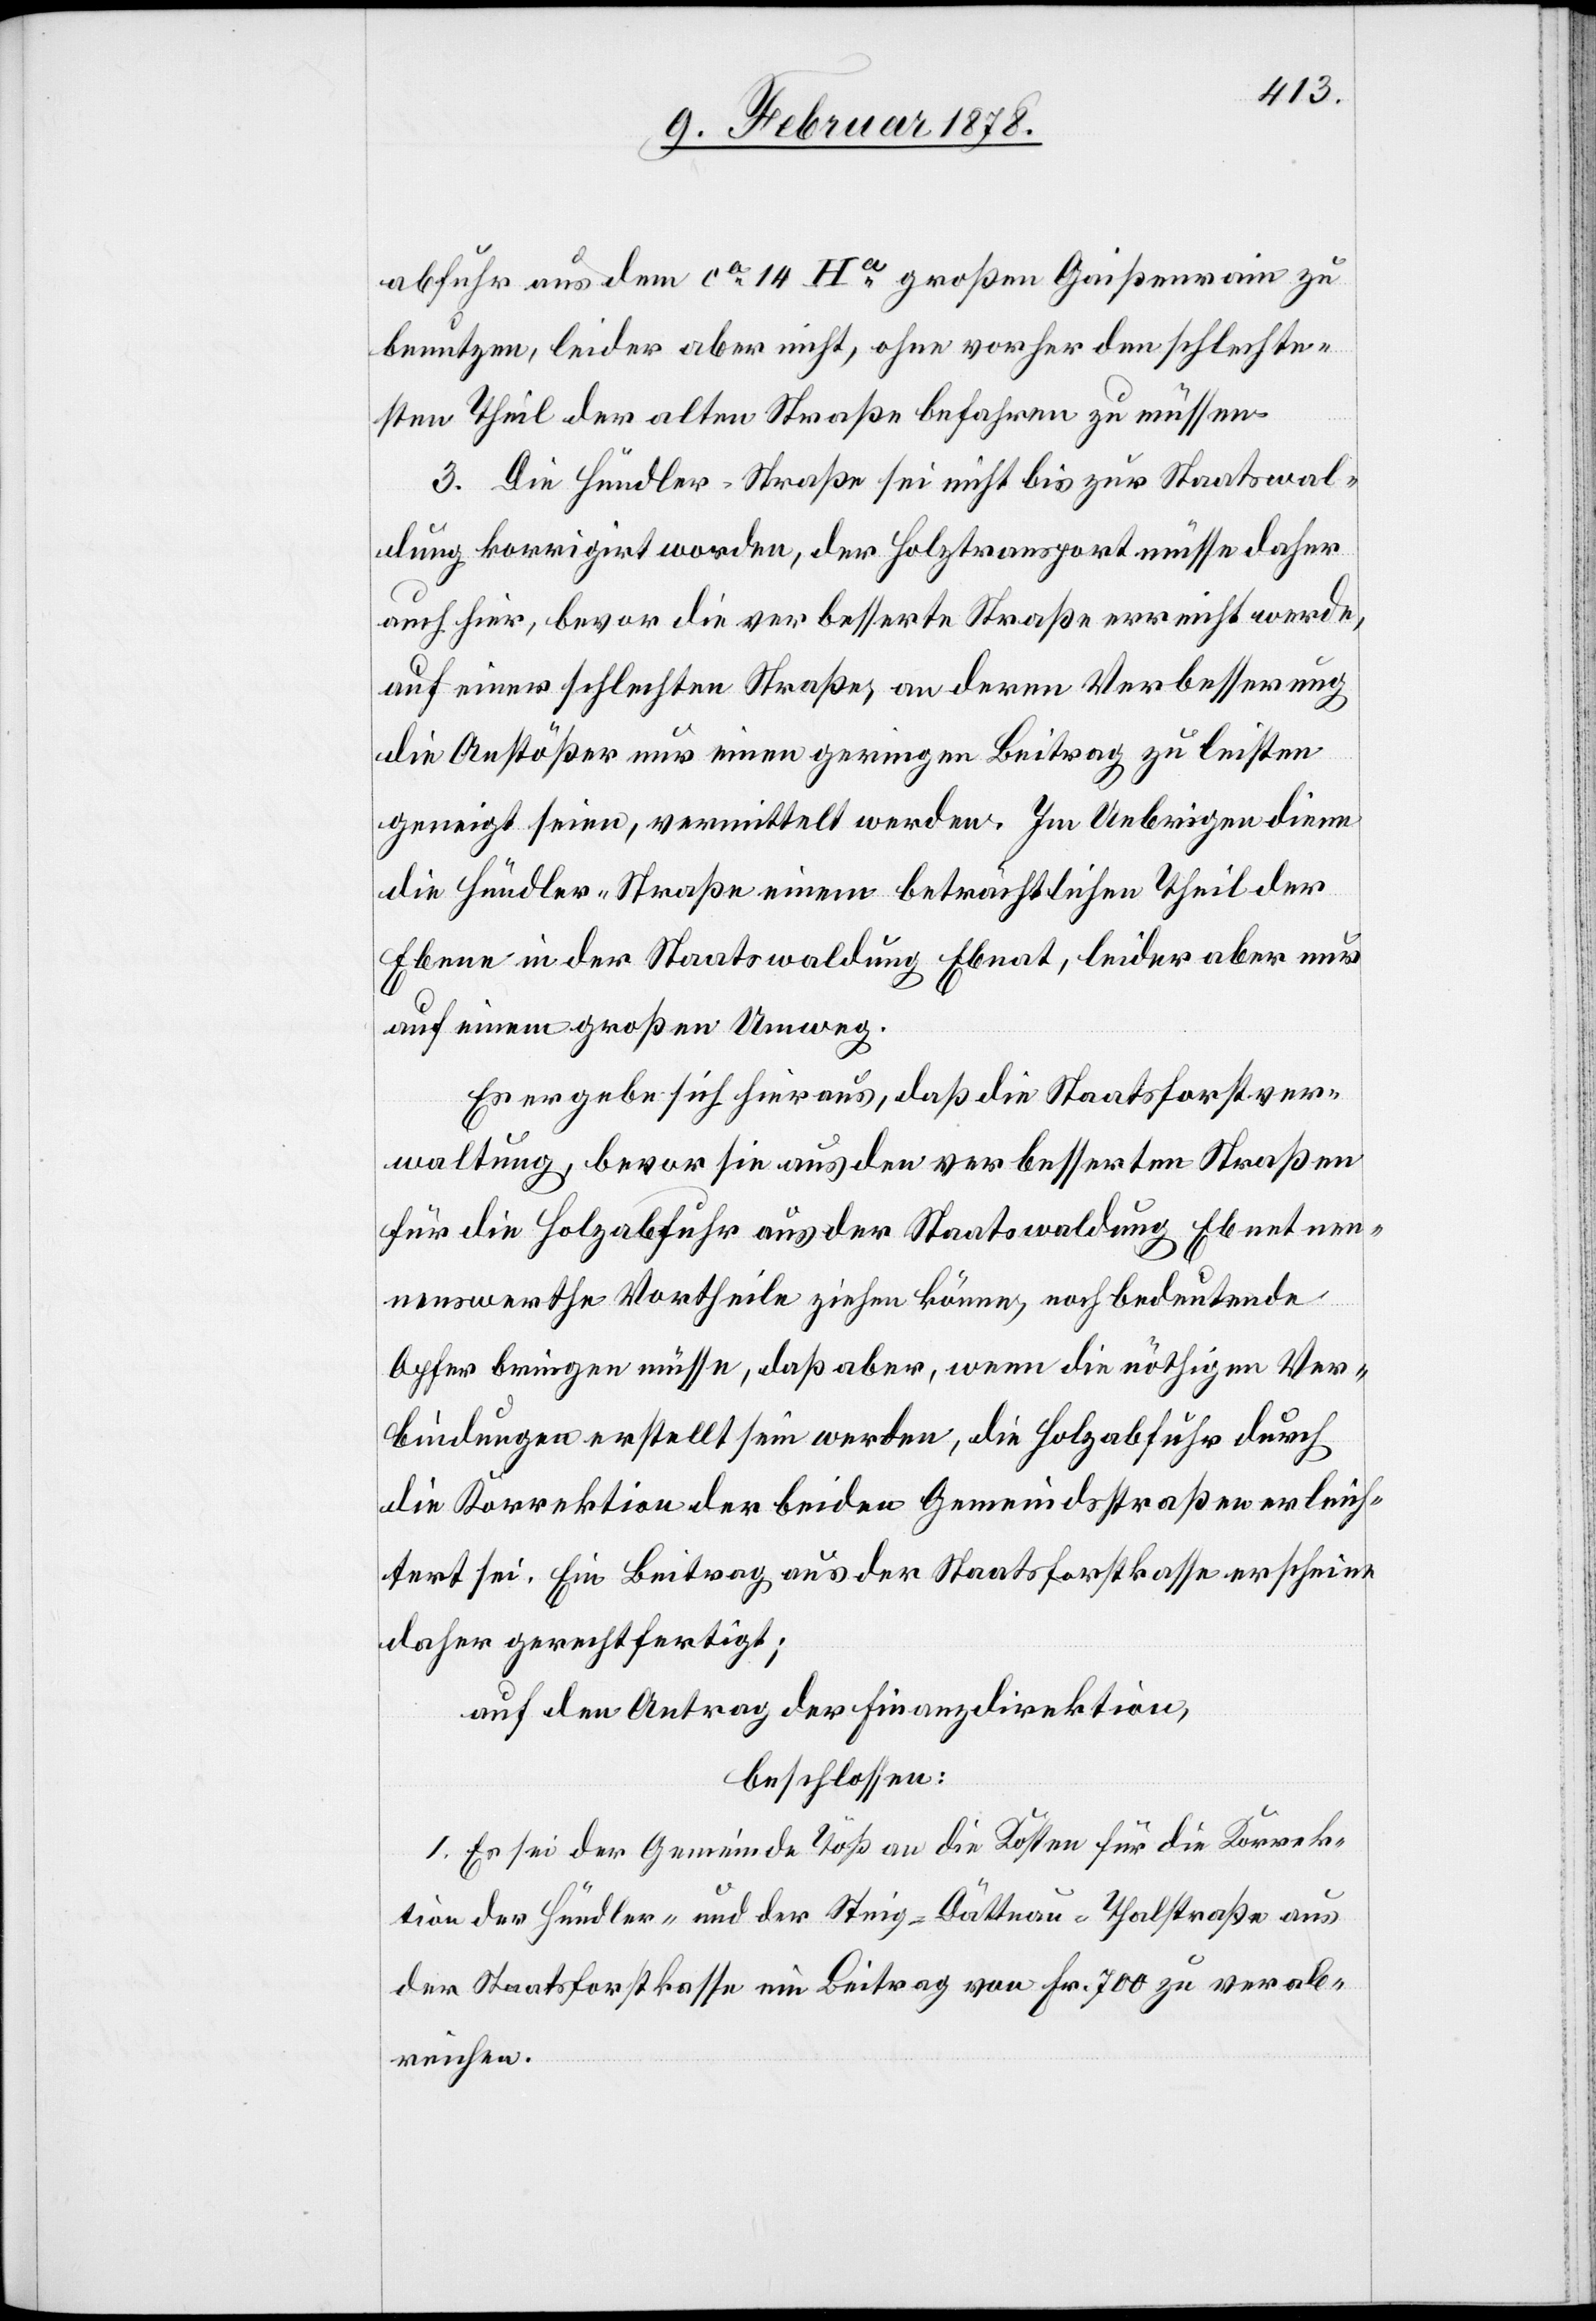
abfuhr aus dem ca 14 Ha großen Gaißenrain zu
benutzen, leider aber nicht, ohne vorher den schlechte¬
sten Theil der alten Straße befahren zu müssen.
3. Die Hündler-Straße sei nicht bis zur Staatswal¬
dung korrigirt worden, der Holztransport müsse daher
auch hier, bevor die verbesserte Straße erreicht werde,
auf einer schlechten Straße, an deren Verbesserung
die Anstößer nur einen geringen Beitrag zu leisten
geneigt seien, vermittelt werden. Im Uebrigen diene
die Hündler-Straße einem beträchtlichen Theil der
Ebene in der Staatswaldung Ebnat [sic!], leider aber nur
auf einem großen Umweg.
Es ergebe sich hieraus, daß die Staatsforstver¬
waltung, bevor sie aus den verbesserten Straßen
für die Holzabfuhr aus der Staatswaldung Ebnet nen¬
nenswerthe Vortheile ziehen könne, noch bedeutende
Opfer bringen müsse, daß aber, wenn die nöthigen Ver¬
bindungen erstellt sein werden, die Holzabfuhr durch
die Korrektion der beiden Gemeindsstraßen erleich¬
tert sei. Ein Beitrag aus der Staatsforstkasse erscheine
daher gerechtfertigt;
auf den Antrag der Finanzdirektion,
beschlossen:
1. Es sei der Gemeinde Töß an die Kosten für die Korrek¬
tion der Hündler- und der Steig-Dättnau-Thalstraße aus
der Staatsforstkasse ein Beitrag von Fr. 700 zu verab¬
reichen.